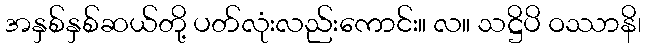
အနှစ်နှစ်ဆယ်တို့ ပတ်လုံးလည်းကောင်း။ လ။ သဋ္ဌိပိ ဝဿာနိ၊